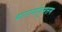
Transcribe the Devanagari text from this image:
कारागोदुमत्तम